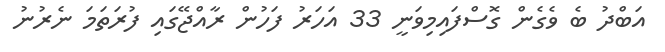
އަބްދު ބެ ވެގެން ގޮސްފައިމިވަނީ 33 އަހަރު ފަހުން ރާއްޖޭގައި ފުރަތަމަ ނެރުނު